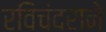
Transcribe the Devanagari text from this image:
रविचंदराने